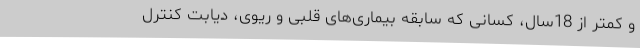
و کمتر از 18سال، کسانی که سابقه بیماری‌های قلبی و ریوی، دیابت کنترل